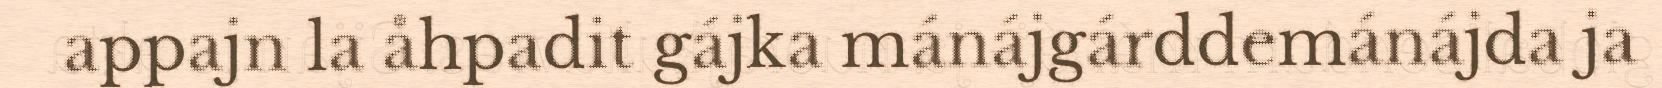
appajn la åhpadit gájka mánájgárddemánájda ja